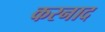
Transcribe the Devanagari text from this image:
करनाद